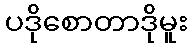
ပဒိုစောတာဒိုမူး